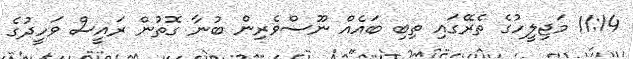
11:14 މަޖިލީހުގެ ތެރޭގައި ތިބި ބައެއް ނޫސްވެރިން ބުނާ ގޮތުން ރައީސް ވަހީދުގެ